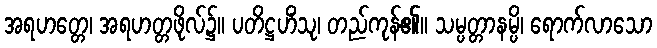
အရဟတ္တေ၊ အရဟတ္တဖိုလ်၌။ ပတိဋ္ဌဟိံသု၊ တည်ကုန်၏။ သမ္ပတ္တာနမ္ပိ၊ ရောက်လာသော